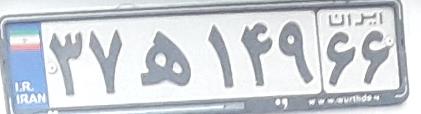
۳۷ه۱۴۹۶۶